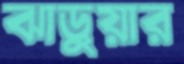
ঝাড়ুয়ার